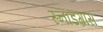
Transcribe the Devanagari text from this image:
स्नॉडग्रास